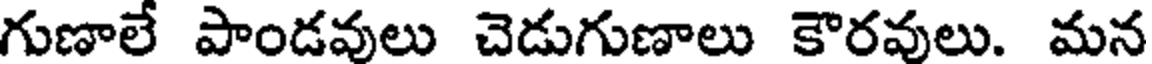
గుణాలే పాండవులు చెడుగుణాలు కౌరవులు. మన